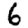
Digit: 6